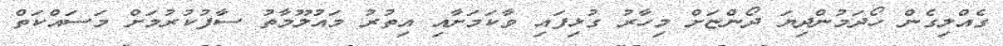
ގެއްލިގެން ހޯދަމުންދިޔަ ދޯންޏަށް މިހާރު ގުޅިފައި ވާކަމަށާއި އިތުރު މައުލޫމާތު ސާފުކުރުމަށް މަސައްކަތް